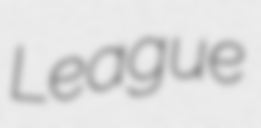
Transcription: League